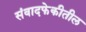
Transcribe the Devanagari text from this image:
संवादफेकीतील